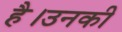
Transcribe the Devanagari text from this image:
है।उनकी